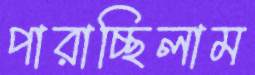
পারাচ্ছিলাম